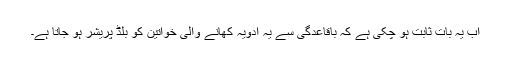
اب یہ بات ثابت ہو چکی ہے کہ باقاعدگی سے یہ ادویہ کھانے والی خواتین کو بلڈ پریشر ہو جاتا ہے۔